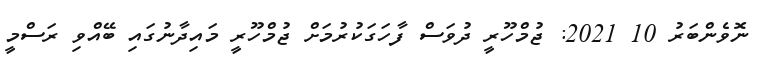
ނޮވެންބަރު 10 2021: ޖުމްހޫރީ ދުވަސް ފާހަގަކުރުމަށް ޖުމްހޫރީ މައިދާނުގައި ބޭއްވި ރަސްމީ